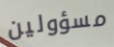
مسؤولين